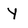
Character: Y